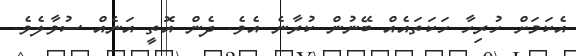
އެކަމަށް ހުރިހާ ހަކަތައެއް ބޭނުން ކުރާނެ އެވެ. ދެން އޮތީ އަނެއް ސުވާލެވެ.